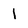
Character: 1